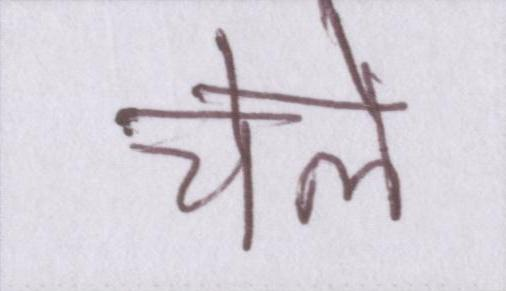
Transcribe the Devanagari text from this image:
चेले